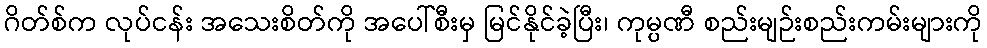
ဂိတ်စ်က လုပ်ငန်း အသေးစိတ်ကို အပေါ်စီးမှ မြင်နိုင်ခဲ့ပြီး၊ ကုမ္ပဏီ စည်းမျဉ်းစည်းကမ်းများကို